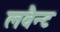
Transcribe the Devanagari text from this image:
लवैन्ट